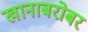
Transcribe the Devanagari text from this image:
खानाबरोबर